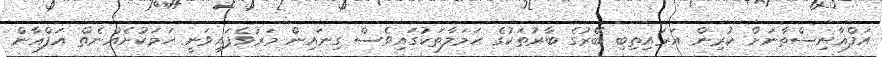
އަފްޣާނިސްތާނަށް ކުރިން އަރައިތިބި ބޭރުގެ ބާރުތަކުގެ ޙަމަލާތަކުގައިވެސް ގިނައިން މަރުވެފައިވަނީ ހަމަކުށެއްނެތް އަފްޣާން